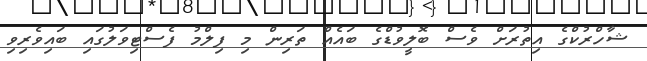
ޝާހްރުކްގެ އިތުރަށް ވެސް ބޮލީވުޑްގެ ބައެއް ތަރިން މި ފިލްމު ފެސްޓިވަލުގައި ބައިވެރިވި